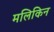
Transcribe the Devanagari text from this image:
मलिकिन